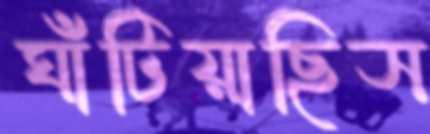
ঘাঁটিয়াছিস